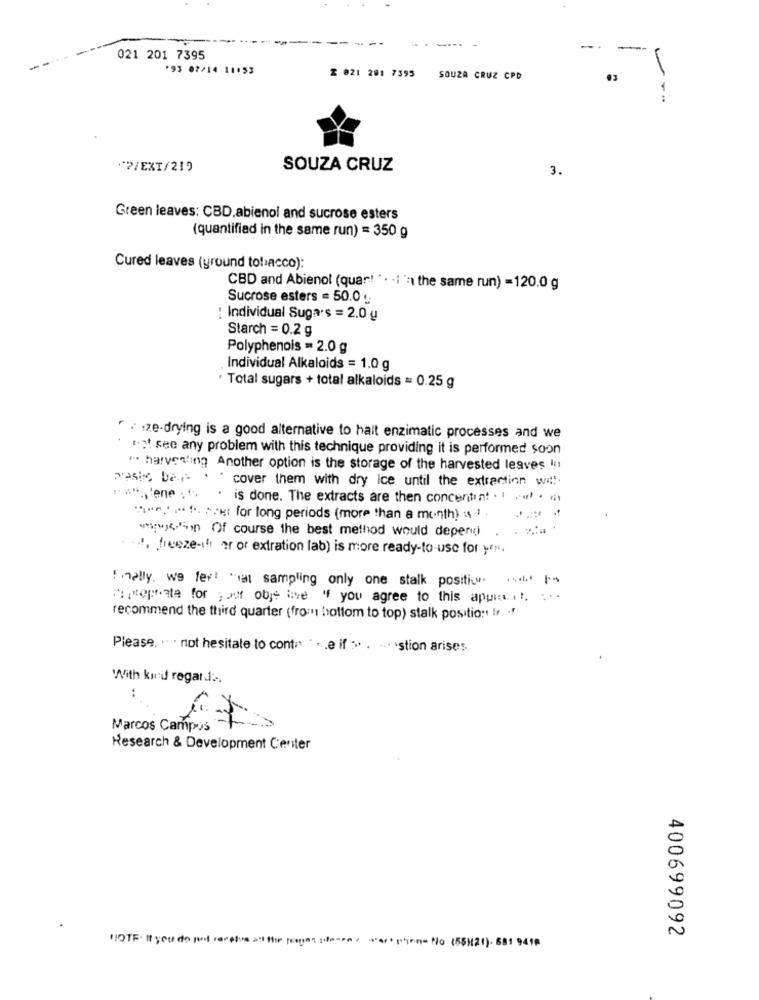
--- -
-.
021 201 7395
93 07/14 11153
Z 021 201 7395
SOUZA CRUZ CPD
03
---
"?/EXT/219
SOUZA CRUZ
3.
Green leaves: CBD.abienol and sucrose esters
(quantified in the same run) = 350 g
Cured leaves (yround tobacco):
CBD and Abienol (quart ". . I'm the same run) =120.0 g
Sucrose esters = 50.0 .
: Individual Suga's = 2.0 g
Starch = 0.2 g
Polyphenols = 2.0 g
Individual Alkaloids = 1.0 g
· Total sugars + total alkaloids = 0.25 g
F : ze-drying is a good alternative to halt enzimatic processes and we
.ot see any problem with this technique providing it is performed soon
". harvesting Another option is the storage of the harvested leaves ":'
cover them with dry Ice until the extraction wi !!
.
is done. The extracts are then concentint . ..
.
""""; for long periods (more than a month) & 1 .
utywson Of course the best method would depend
a. freeze-if or or extration lab) is more ready-to-use for .
! melly. we fer! "al sampling only one stalk positiu". ..... /
Toseprate for gaet obje ive if you agree to this appist. :
recommend the third quarter (from bottom to top) stalk position Ir .!
Please. . . not hesitate to conta . ... e if > . - stion arises
With kind regards ..
:
Marcos Campos Lis
Research & Development Center
400699092